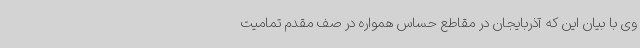
وی با بیان این که آذربایجان در مقاطع حساس همواره در صف مقدم تمامیت